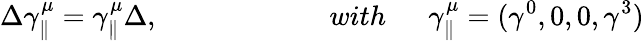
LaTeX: \Delta\gamma_{\parallel}^{\mu}=\gamma_{\parallel}^{\mu}\Delta,\qquad\qquad\qquad with\ \mathrm{\quad~}\gamma_{\parallel}^{\mu}=(\gamma^{0},0,0,\gamma^{3})